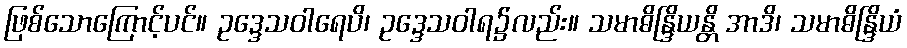
ဖြစ်သောကြောင့်ပင်။ ဥဒ္ဒေသဝါရေပိ၊ ဥဒ္ဒေသဝါရ၌လည်း။ သမာဓိန္ဒြိယန္တိ အာဒိ၊ သမာဓိန္ဒြိယံ